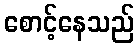
စောင့်နေသည်